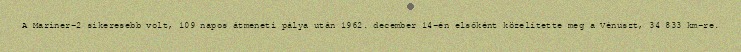
A Mariner–2 sikeresebb volt, 109 napos átmeneti pálya után 1962. december 14-én elsőként közelítette meg a Vénuszt, 34 833 km-re.